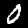
Label: 0